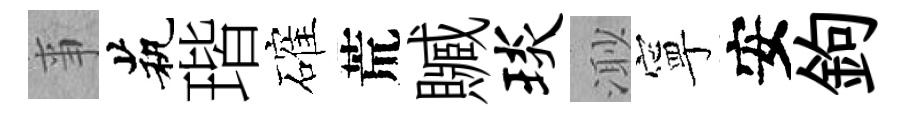
亊茕瑎確荒贓琰𣺌寧安鉤